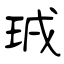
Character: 珬